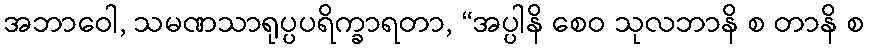
အဘာဝေါ, သမဏသာရုပ္ပပရိက္ခာရတာ, “အပ္ပါနိ စေဝ သုလဘာနိ စ တာနိ စ